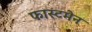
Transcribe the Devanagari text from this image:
फास्टमेन